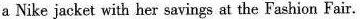
a Nike jacket with her savings at the Fashion Fair.